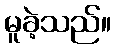
မူခဲ့သည်။